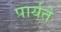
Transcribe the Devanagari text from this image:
पार्यते